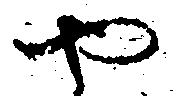
や